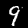
Label: 9